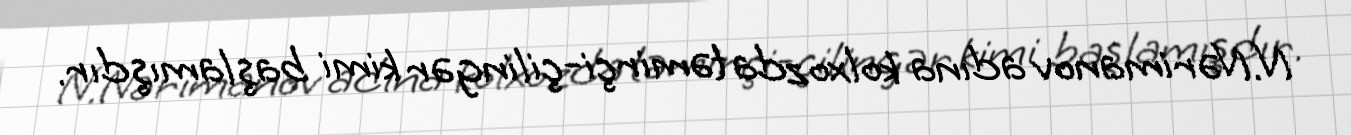
N.Nərimanov adına kolxozda təmirçi-çilingər kimi başlamışdır.